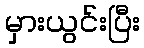
မှားယွင်းပြီး